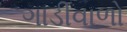
ગાડીવાળો